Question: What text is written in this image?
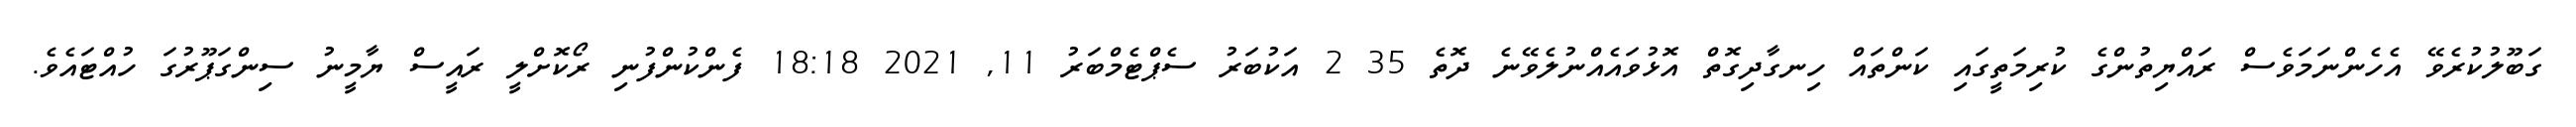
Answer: ގަބޫލުކުރެވޭ އެހެންނަމަވެސް ރައްޔިތުންގެ ކުރިމަތީގައި ކަންތައް ހިނގާދިގޮތް އޮޅުވައެއްނުލެވޭނެ ދޮތެ 35 2 އަކުބަރު ސެޕްޓެމްބަރު 11, 2021 18:18 ފެންކުންފުނި ރޯކޮށްލީ ރައީސް ޔާމީނު ސިންގަޕޫރުގަ ހުއްޓައެވެ.